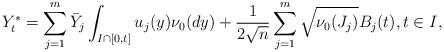
LaTeX: \begin{align*}Y_t^*=\sum_{j=1}^m\bar Y_j\int_{I\cap [0,t]} u_j(y)\nu_0(dy)+\frac{1}{2\sqrt{n}}\sum_{j=1}^m\sqrt{\nu_0(J_j)}B_j(t),t\in I,\end{align*}